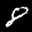
Label: 8